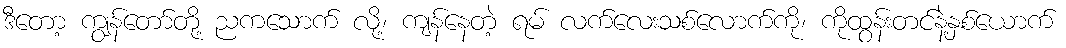
ဒီတော့ ကျွန်တော်တို့ ညကသောက် လို့၊ ကျန်နေတဲ့ ရမ် လက်လေးသစ်လောက်ကို၊ ကိုထွန်းတင်နဲ့နှစ်ယောက်